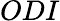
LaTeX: ODI